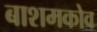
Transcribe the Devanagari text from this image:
बाशमकोव